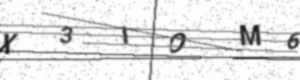
Text: X3IOM6